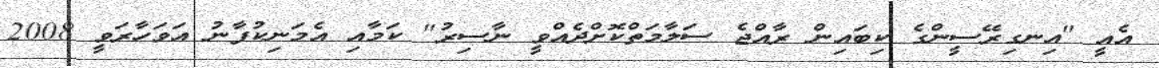
އެއީ "އިނގިރޭސީންގެ ކިބައިން ރާއްޖެ ސަލާމަތްކޮށްދެއްވީ ނާސިރު" ކަމާއި އެމަނިކުފާނު އަވަހާރަވީ 2008